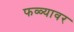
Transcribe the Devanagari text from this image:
फळ्यावर